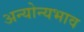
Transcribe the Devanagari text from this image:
अन्योन्यभाव